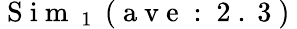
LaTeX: \mathrm{~S~i~m~}_{\mathrm{~1~}}\mathrm{~(~a~v~e~:~2~.~3~)~}